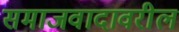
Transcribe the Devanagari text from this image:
समाजवादावरील